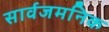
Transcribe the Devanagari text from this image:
सार्वजमनिक